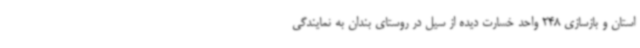
استان و بازسازی 248 واحد خسارت دیده از سیل در روستای بندان به نمایندگی